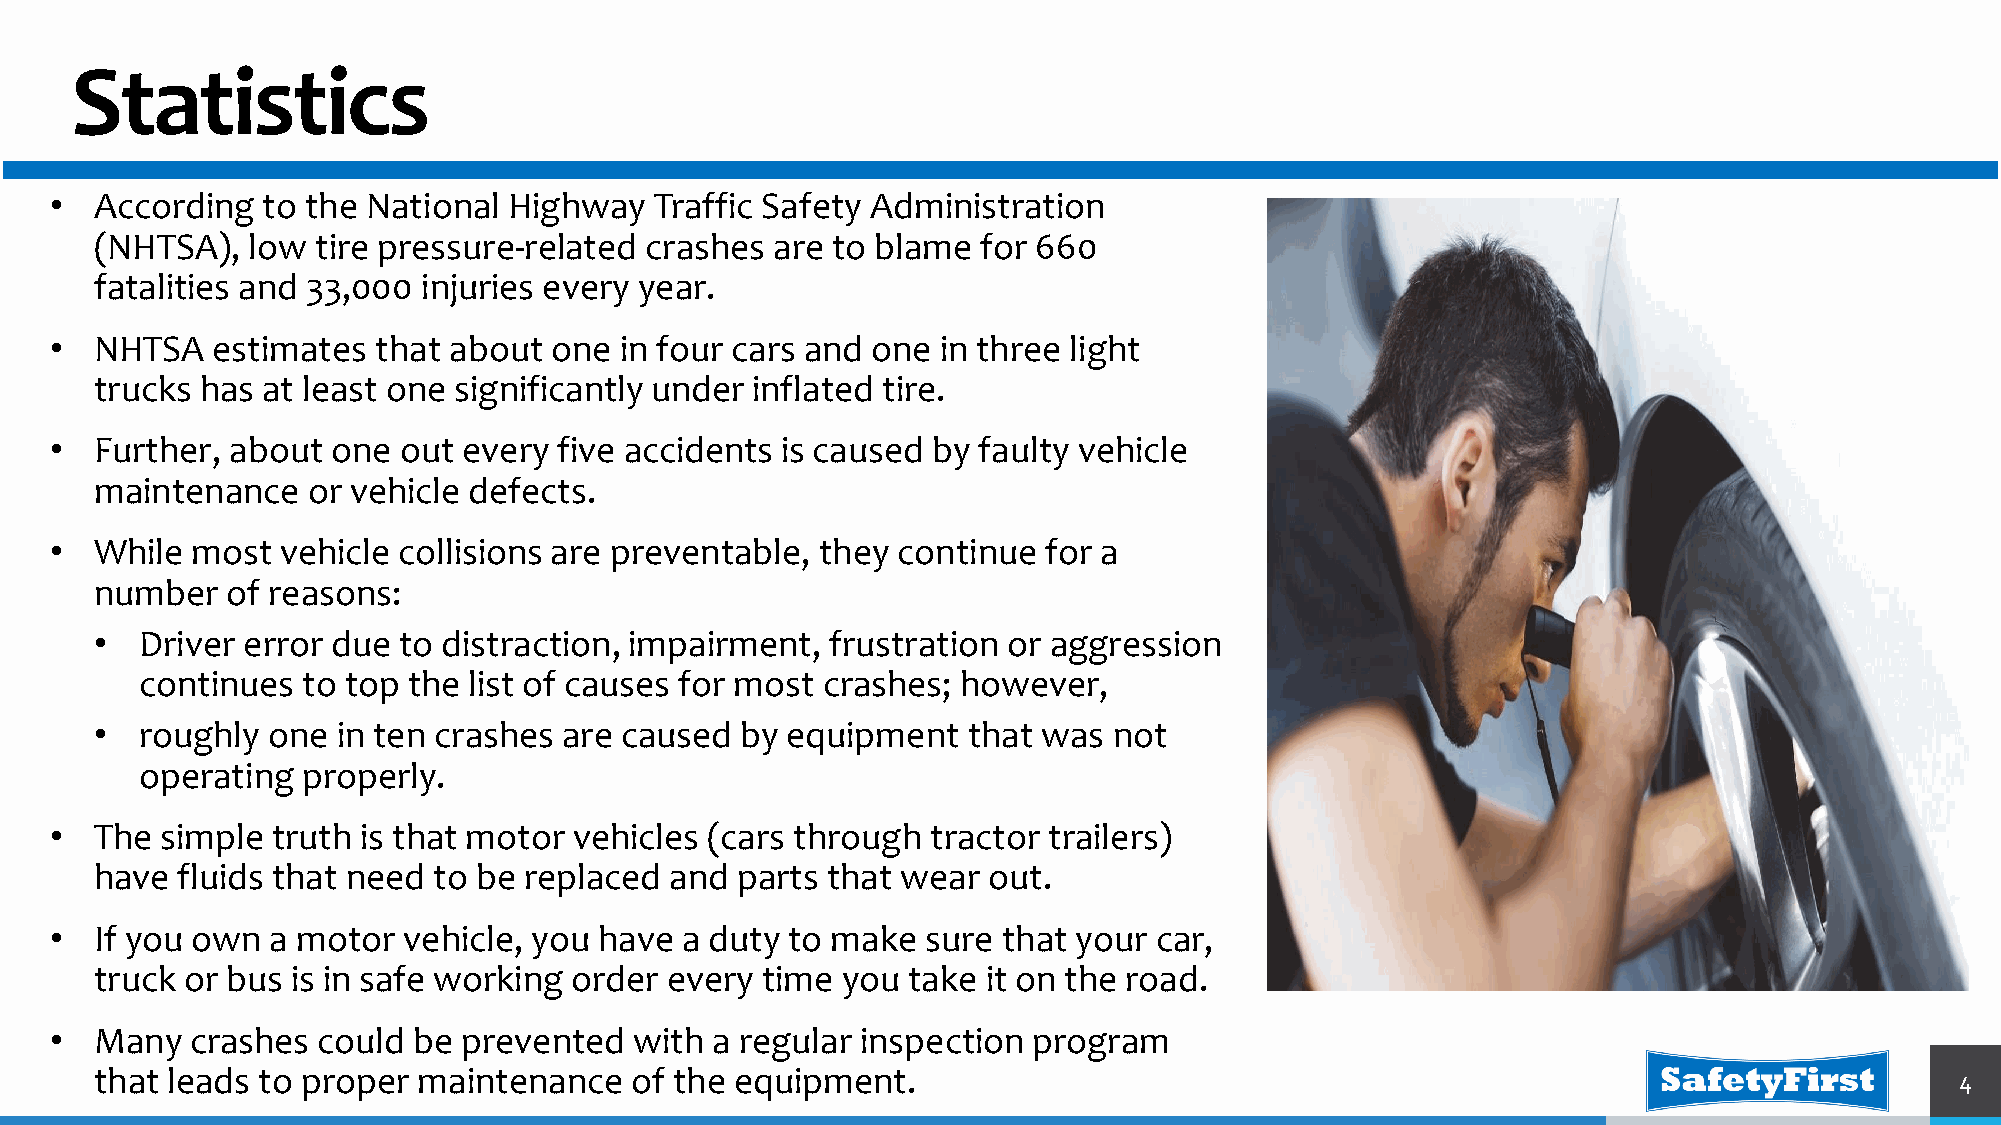
Statistics
 •  According  to the National  Highway  Traffic Safety Administration
 (NHTSA),  low  tire pressure-related crashes are to blame  for 660
 fatalities and 33,000 injuries every year.
 •  NHTSA   estimates  that about one  in four cars and one in three light
 trucks has at least one significantly under inflated tire.
 •  Further, about  one out  every five accidents is caused by faulty vehicle
 maintenance   or vehicle defects.
 •  While  most  vehicle collisions are preventable, they continue for a
 number   of reasons:
 •  Driver error due to distraction, impairment,  frustration or aggression
 continues  to top the list of causes for most crashes; however,
 •  roughly  one in ten crashes are caused  by equipment   that was  not
 operating  properly.
 •  The  simple truth is that motor vehicles (cars through  tractor trailers)
 have  fluids that need to be replaced and  parts that wear out.
 •  If you own  a motor  vehicle, you have a duty to make  sure that your car,
 truck or bus is in safe working order every time  you take it on the road.
 •  Many   crashes could be  prevented  with a regular inspection program
 that leads to proper  maintenance   of the equipment.                                                                       4